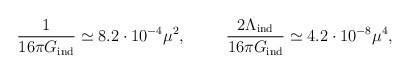
\begin{align*}{1 \over 16\pi G_{\mbox{\scriptsize ind}} }\simeq 8.2 \cdot 10^{-4} \mu^2,\hspace{1cm}{ 2 \Lambda_{\mbox{\scriptsize ind}}\over 16\pi G_{\mbox{\scriptsize ind}} }\simeq 4.2 \cdot 10^{-8} \mu^4,\end{align*}